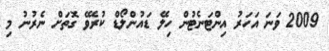
2009 ވަނަ އަހަރު އިންޓަނެޓުން ހިލޭ ޑައުންލޯޑް ކުރެވޭ ގޮތަށް ނެރުނު މި